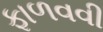
ફાળવવી